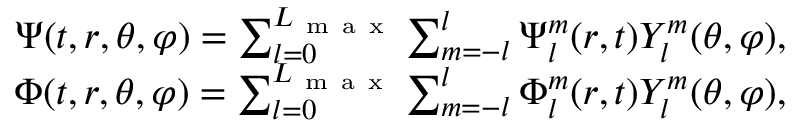
\begin{array} { r } { \Psi ( t , r , \theta , \varphi ) = \sum _ { l = 0 } ^ { L _ { \mathrm { ~ m ~ a ~ x ~ } } } \sum _ { m = - l } ^ { l } { \Psi _ { l } ^ { m } ( r , t ) Y _ { l } ^ { m } ( \theta , \varphi ) } , } \\ { \Phi ( t , r , \theta , \varphi ) = \sum _ { l = 0 } ^ { L _ { \mathrm { ~ m ~ a ~ x ~ } } } \sum _ { m = - l } ^ { l } { \Phi _ { l } ^ { m } ( r , t ) Y _ { l } ^ { m } ( \theta , \varphi ) } , } \end{array}